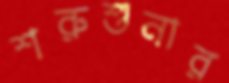
শরুশুনার